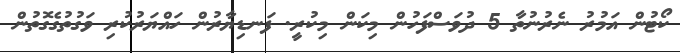
ކޯޓުން އަމުރު ނެރުނުތާ 5 ދުވަސްފަހުން މިކަން މިކުރީ. ފަނޑިޔާރުން ހައްޔަރުކުރި ވަގުތުގެގޮތުން